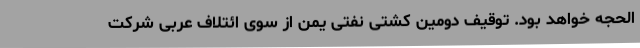
الحجه خواهد بود. توقیف دومین کشتی نفتی یمن از سوی ائتلاف عربی شرکت